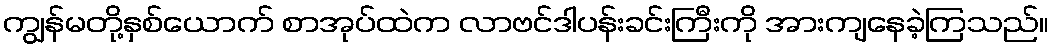
ကျွန်မတို့နှစ်ယောက် စာအုပ်ထဲက လာဗင်ဒါပန်းခင်းကြီးကို အားကျနေခဲ့ကြသည်။